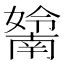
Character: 𡣤